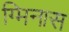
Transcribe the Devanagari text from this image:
ग्मिनास